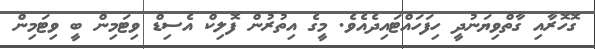
ގޮހޮރާއި ގާތްވިޔަނުދީ ހިފަހައްޓައިދެއެވެ. މީގެ އިތުރުން ފޮލިކް އެސިޑް ވިޓަމިން ބީ ވިޓަމިން